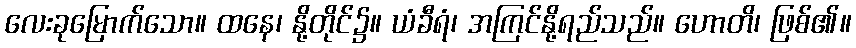
လေးခုမြောက်သော။ ထနေ၊ နို့တိုင်၌။ ယံခီရံ၊ အကြင်နို့ရည်သည်။ ဟောတိ၊ ဖြစ်၏။